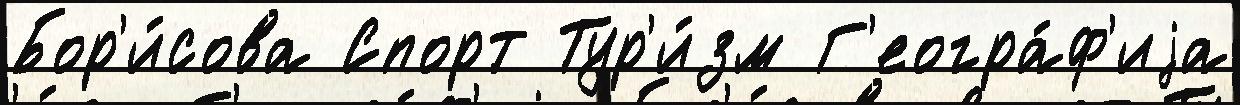
Бор'и́сова Спорт Тур'и́зм Г'еогра́ф'иjа